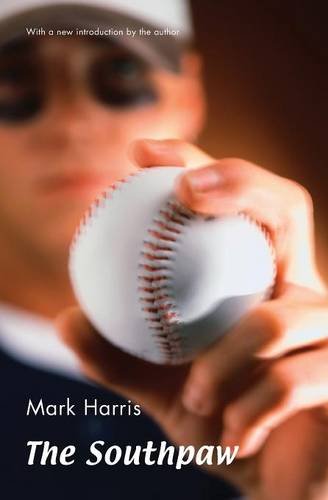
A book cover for The Southpaw; Mark Harris; Literature & Fiction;